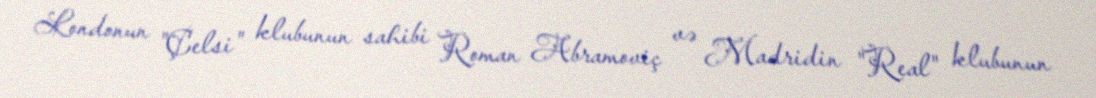
Londonun "Çelsi" klubunun sahibi Roman Abramoviç və Madridin "Real" klubunun